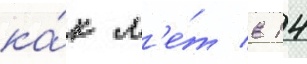
ка́к л'е́т в 14